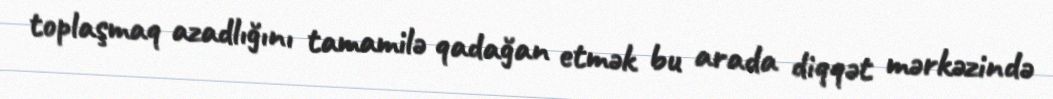
toplaşmaq azadlığını tamamilə qadağan etmək bu arada diqqət mərkəzində